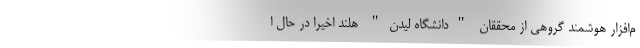
م‌افزار هوشمند گروهی از محققان "دانشگاه لیدن" هلند اخیرا در حال ا